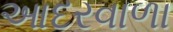
આદરવાળા